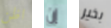
اظن إن بخير